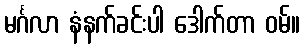
မင်္ဂလာ နံနက်ခင်းပါ ဒေါက်တာ ဝမ်။